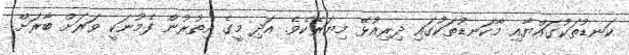
ކަނޑުތަކުގައްޔާއި މާކަނޑުތަކުގައި ދިރިއުޅޭ މިޔަރެކެވެ. އަދި މީގެ އިތުރުން ފެމުނަކީ ވަރަށް ބާރަށް